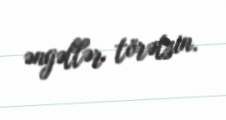
əngəllər törətsin.